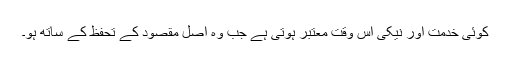
کوئی خدمت اور نیکی اس وقت معتبر ہوتی ہے جب وہ اصل مقصود کے تحفظ کے ساتھ ہو۔